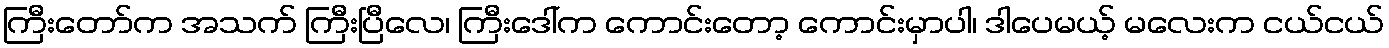
ကြီးတော်က အသက် ကြီးပြီလေ၊ ကြီးဒေါ်က ကောင်းတော့ ကောင်းမှာပါ၊ ဒါပေမယ့် မလေးက ငယ်ငယ်